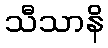
သီသာနိ